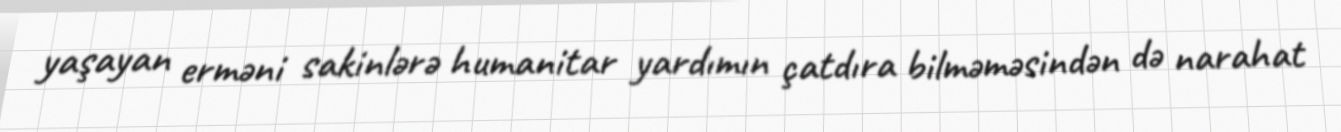
yaşayan erməni sakinlərə humanitar yardımın çatdıra bilməməsindən də narahat